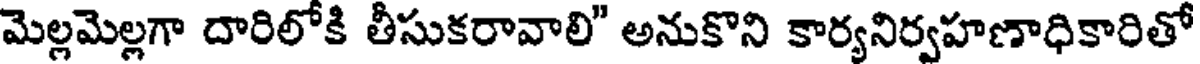
మెల్లమెల్లగా దారిలోకి తీసుకరావాలి" అనుకొని కార్యనిర్వహణాధికారితో